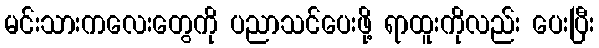
မင်းသားကလေးတွေကို ပညာသင်ပေးဖို့ ရာထူးကိုလည်း ပေးပြီး